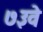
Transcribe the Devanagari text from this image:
७३वे